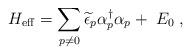
LaTeX: \begin{align*}H_{{\rm eff}}=\sum_{p\neq 0}\widetilde{\epsilon }_p\alpha _p^{\dagger}\alpha _p+\;E_0\;, \end{align*}